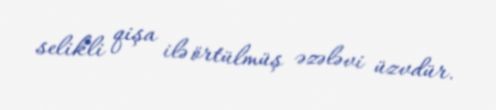
selikli qişa ilə örtülmüş əzələvi üzvdür.